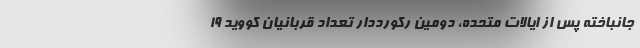
جانباخته پس از ایالات متحده، دومین رکورددار تعداد قربانیان کووید ۱۹